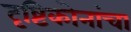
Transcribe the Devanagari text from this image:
दृष्टिकोनांचा